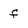
Character: f